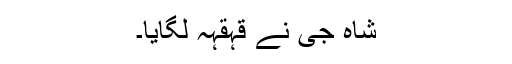
شاہ جی نے قہقہہ لگایا۔